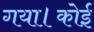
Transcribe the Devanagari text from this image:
गया।कोई